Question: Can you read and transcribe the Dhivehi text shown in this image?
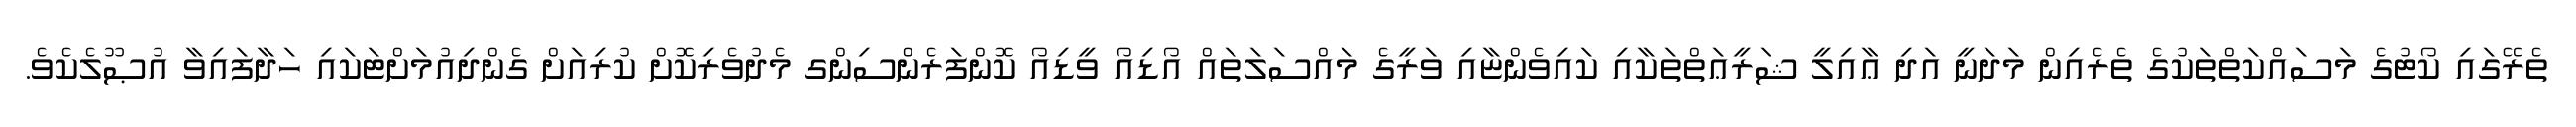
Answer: ތެރޭގައި ކޯޓުގެ މަސައްކަތްތަކުގެ ތެރެއިން މަދަނީ އަދި ޢާއިލީ ޝަރީޢަތްތަކާއި ކައިވެންޏާއި ވަރީގެ މައްސަލަތައް އޯޑިއޯ ވީޑިއޯ ކޮންފަރެންސިންގ މެދުވެރިކޮށް ކުރިއަށް ގެންދިއުމަށްޓަކައި ހަދާފައިވާ އުޞޫލެކެވެ.